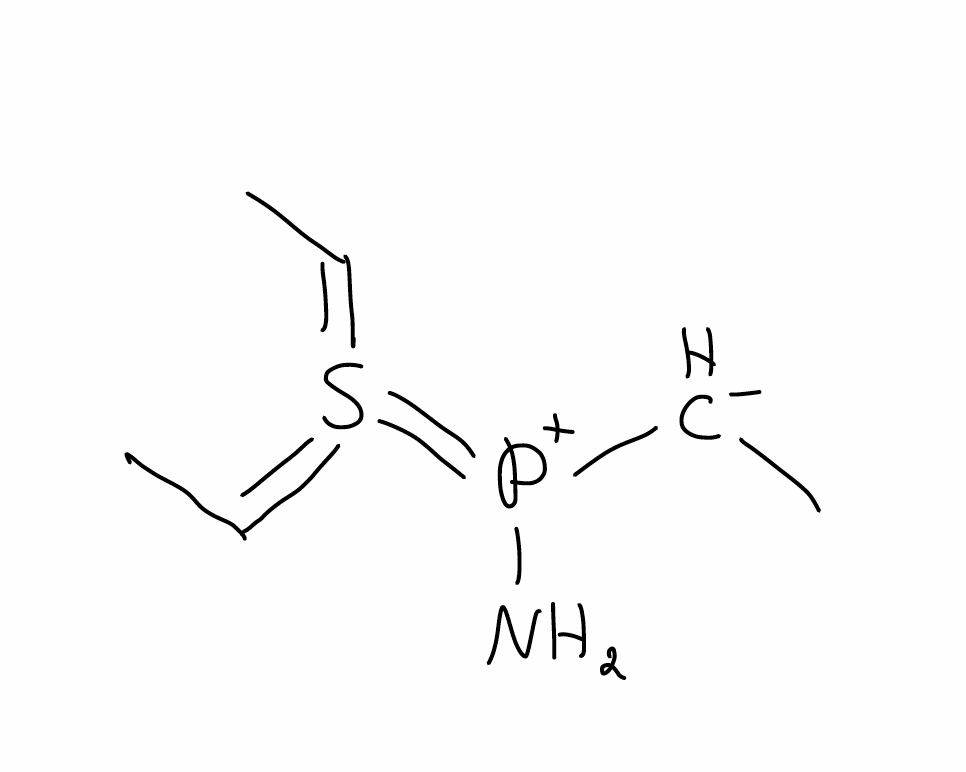
Simplified molecular-input line-entry system (SMILES) notation of the given molecule:
C[CH-][P+](=S(=CC)=CC)N